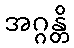
အဂ္ဂန္တိ